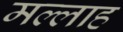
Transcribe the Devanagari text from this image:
मल्‍लाह